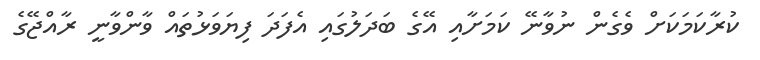
ކުރާކަމަކަށް ވެގެން ނުވާނޭ ކަމަށާއި އޭގެ ބަދަލުގައި އެފަދަ ފިޔަވަޅުތައް ވާންވާނީ ރާއްޖޭގެ